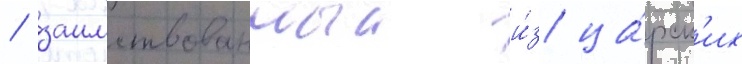
/ заимствованныи и́з ца́рск'их